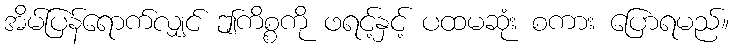
အိမ်ပြန်ရောက်လျှင် ဤကိစ္စကို ဖရင့်နှင့် ပထမဆုံး စကား ပြောရမည်။